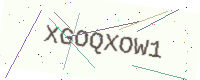
Text: XGOQXOW1